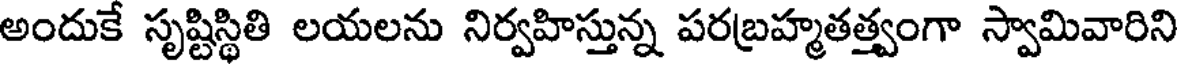
అందుకే సృష్టిస్థితి లయలను నిర్వహిస్తున్న పరబ్రహ్మతత్త్వంగా స్వామివారిని